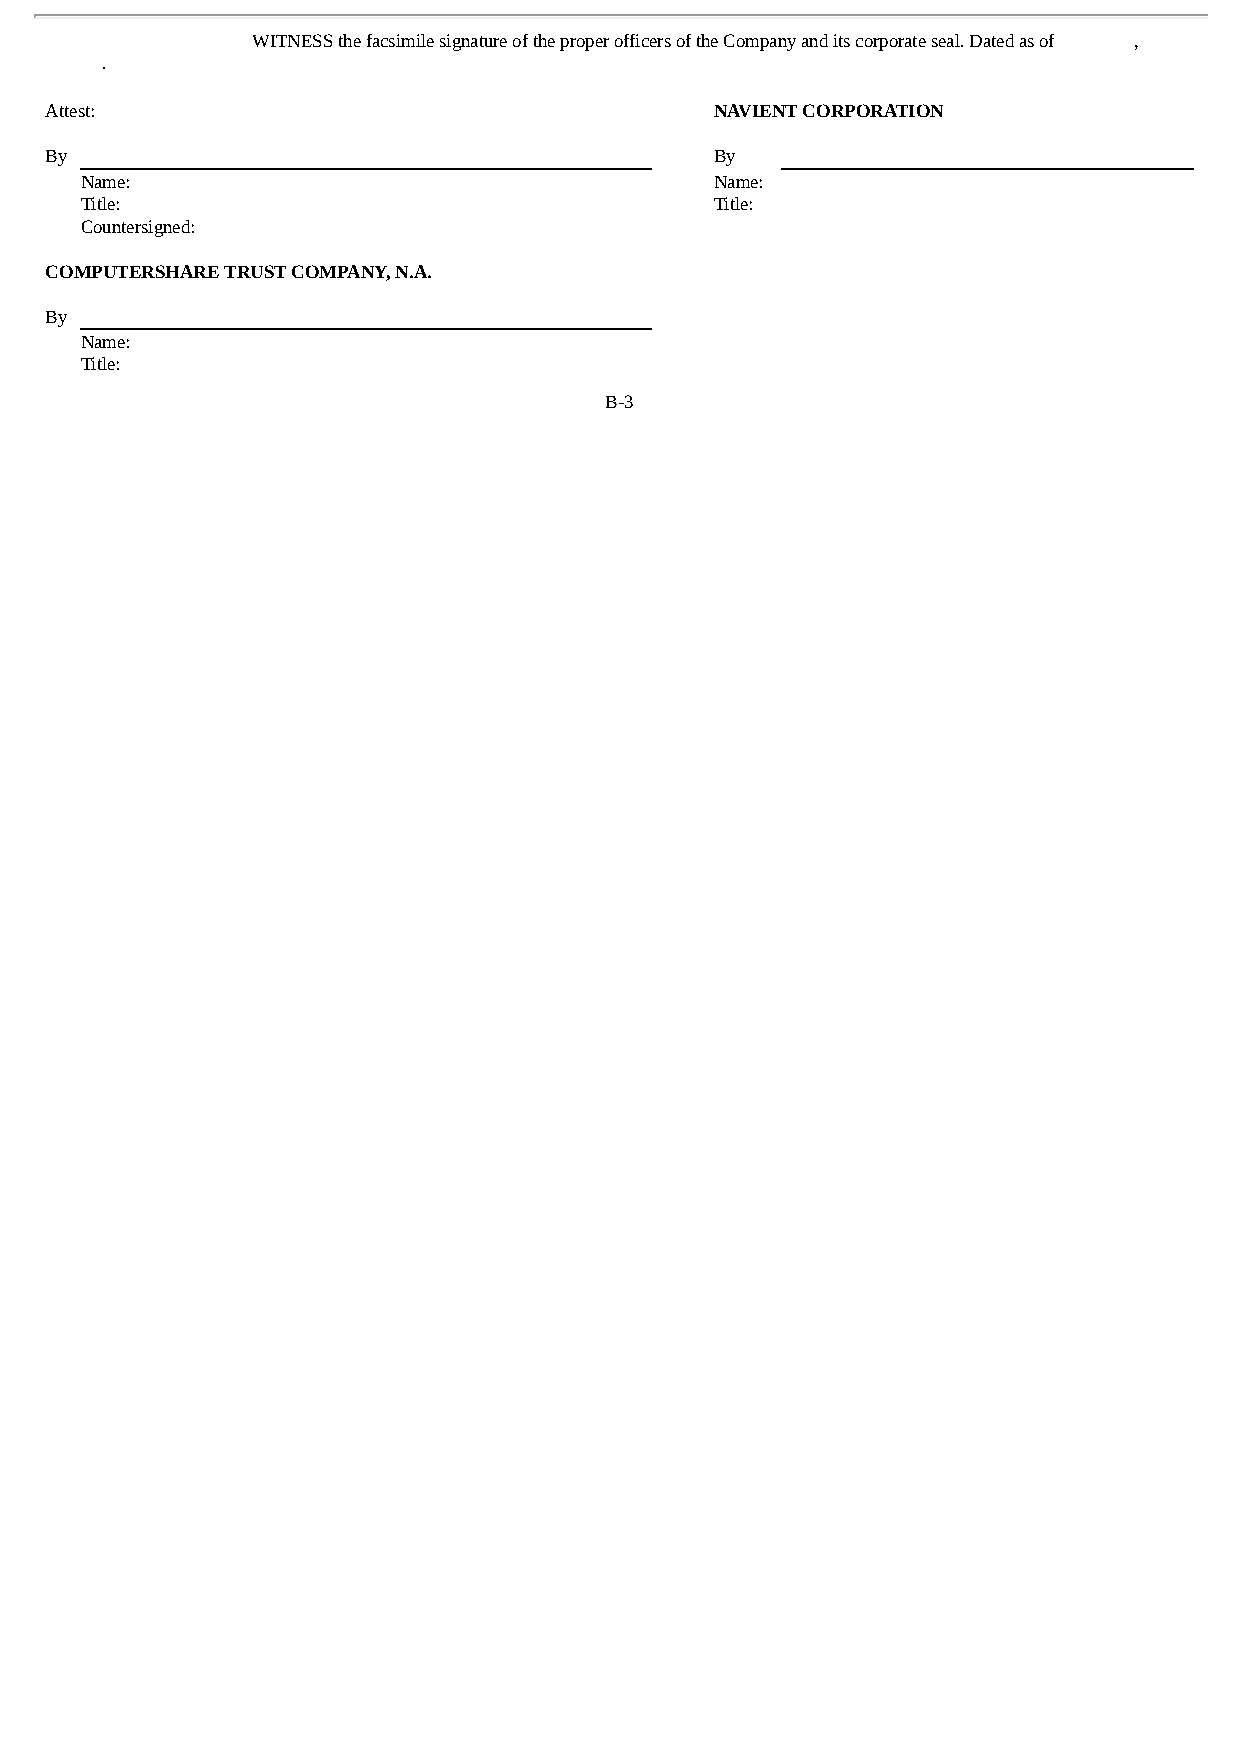
WITNESS the facsimile signature of the proper officers of the Company and its corporate seal. Dated as of ,
 .
 Attest:                                     NAVIENT CORPORATION
 By                                          By
 Name:                                     Name:
 Title:                                    Title:
 Countersigned:
 COMPUTERSHARE TRUST COMPANY, N.A.
 By
 Name:
 Title:
 B-3